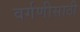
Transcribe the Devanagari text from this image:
वर्गणीसाठी